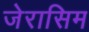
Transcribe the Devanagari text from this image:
जेरासिम